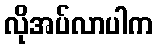
လိုအပ်လာပါက